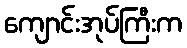
ကျောင်းအုပ်ကြီးက